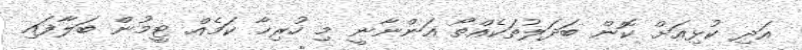
އަދި ކުޅިއަށް ކޮން ބަދަލުތަކެއްތޯ އަންނާނީ މި ހުރިހާ ކަމެއް ޓީމުން ބަލާފައި